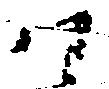
ハ